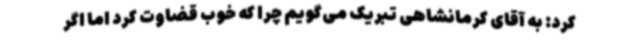
کرد: به آقای کرمانشاهی تبریک می‌گویم چرا که خوب قضاوت کرد اما اگر